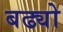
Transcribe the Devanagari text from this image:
बढ्यो